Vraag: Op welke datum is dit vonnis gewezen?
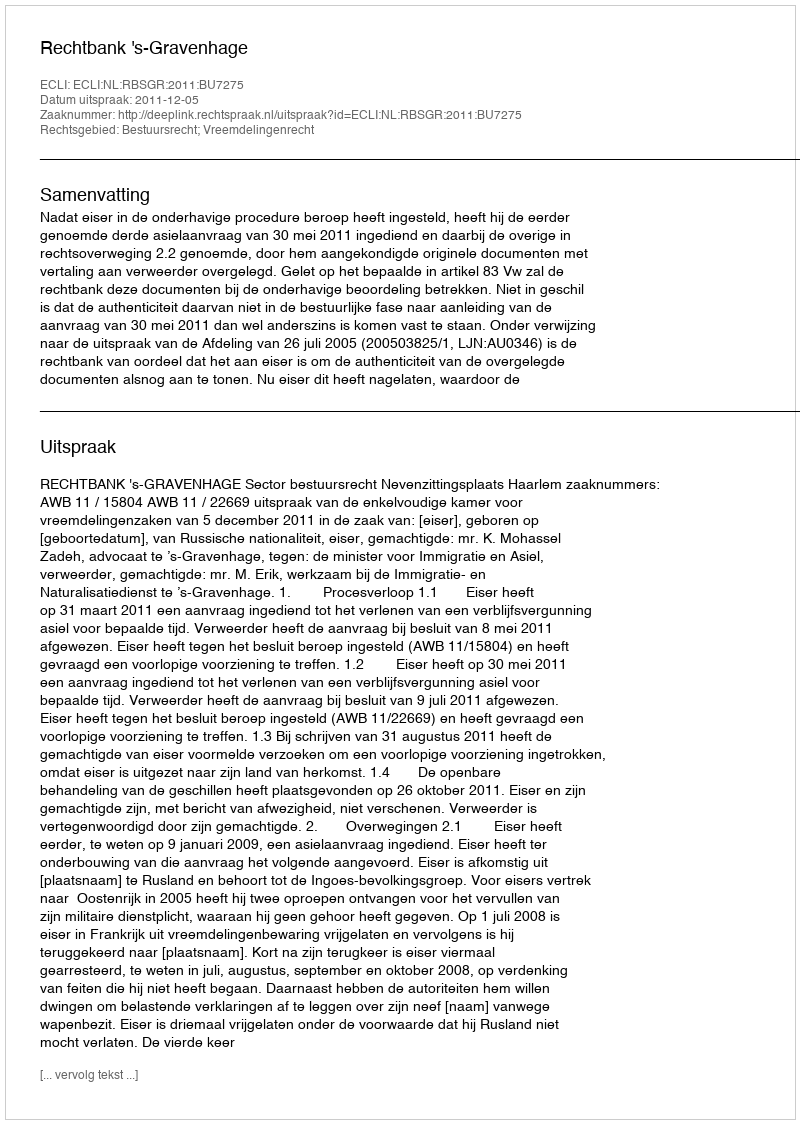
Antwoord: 2011-12-05